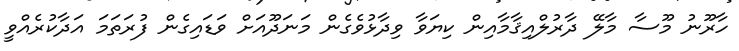
ހާރޫނު މޫސާ މާލޭ ދާރުލްއިޤާމާއިން ކިޔަވާ ވިދާޅުވެގެން މަނަދޫއަށް ވަޑައިގެން ފުރަތަމަ އަދާކުރެއްވީ